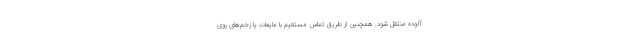
آلوده منتقل شود. همچنین از طریق تماس مستقیم با مایعات یا زخم‌های روی